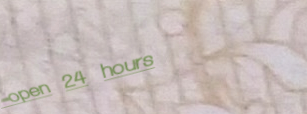
open 24 hours